Leningradi_Edasi_toimetus, lk 13
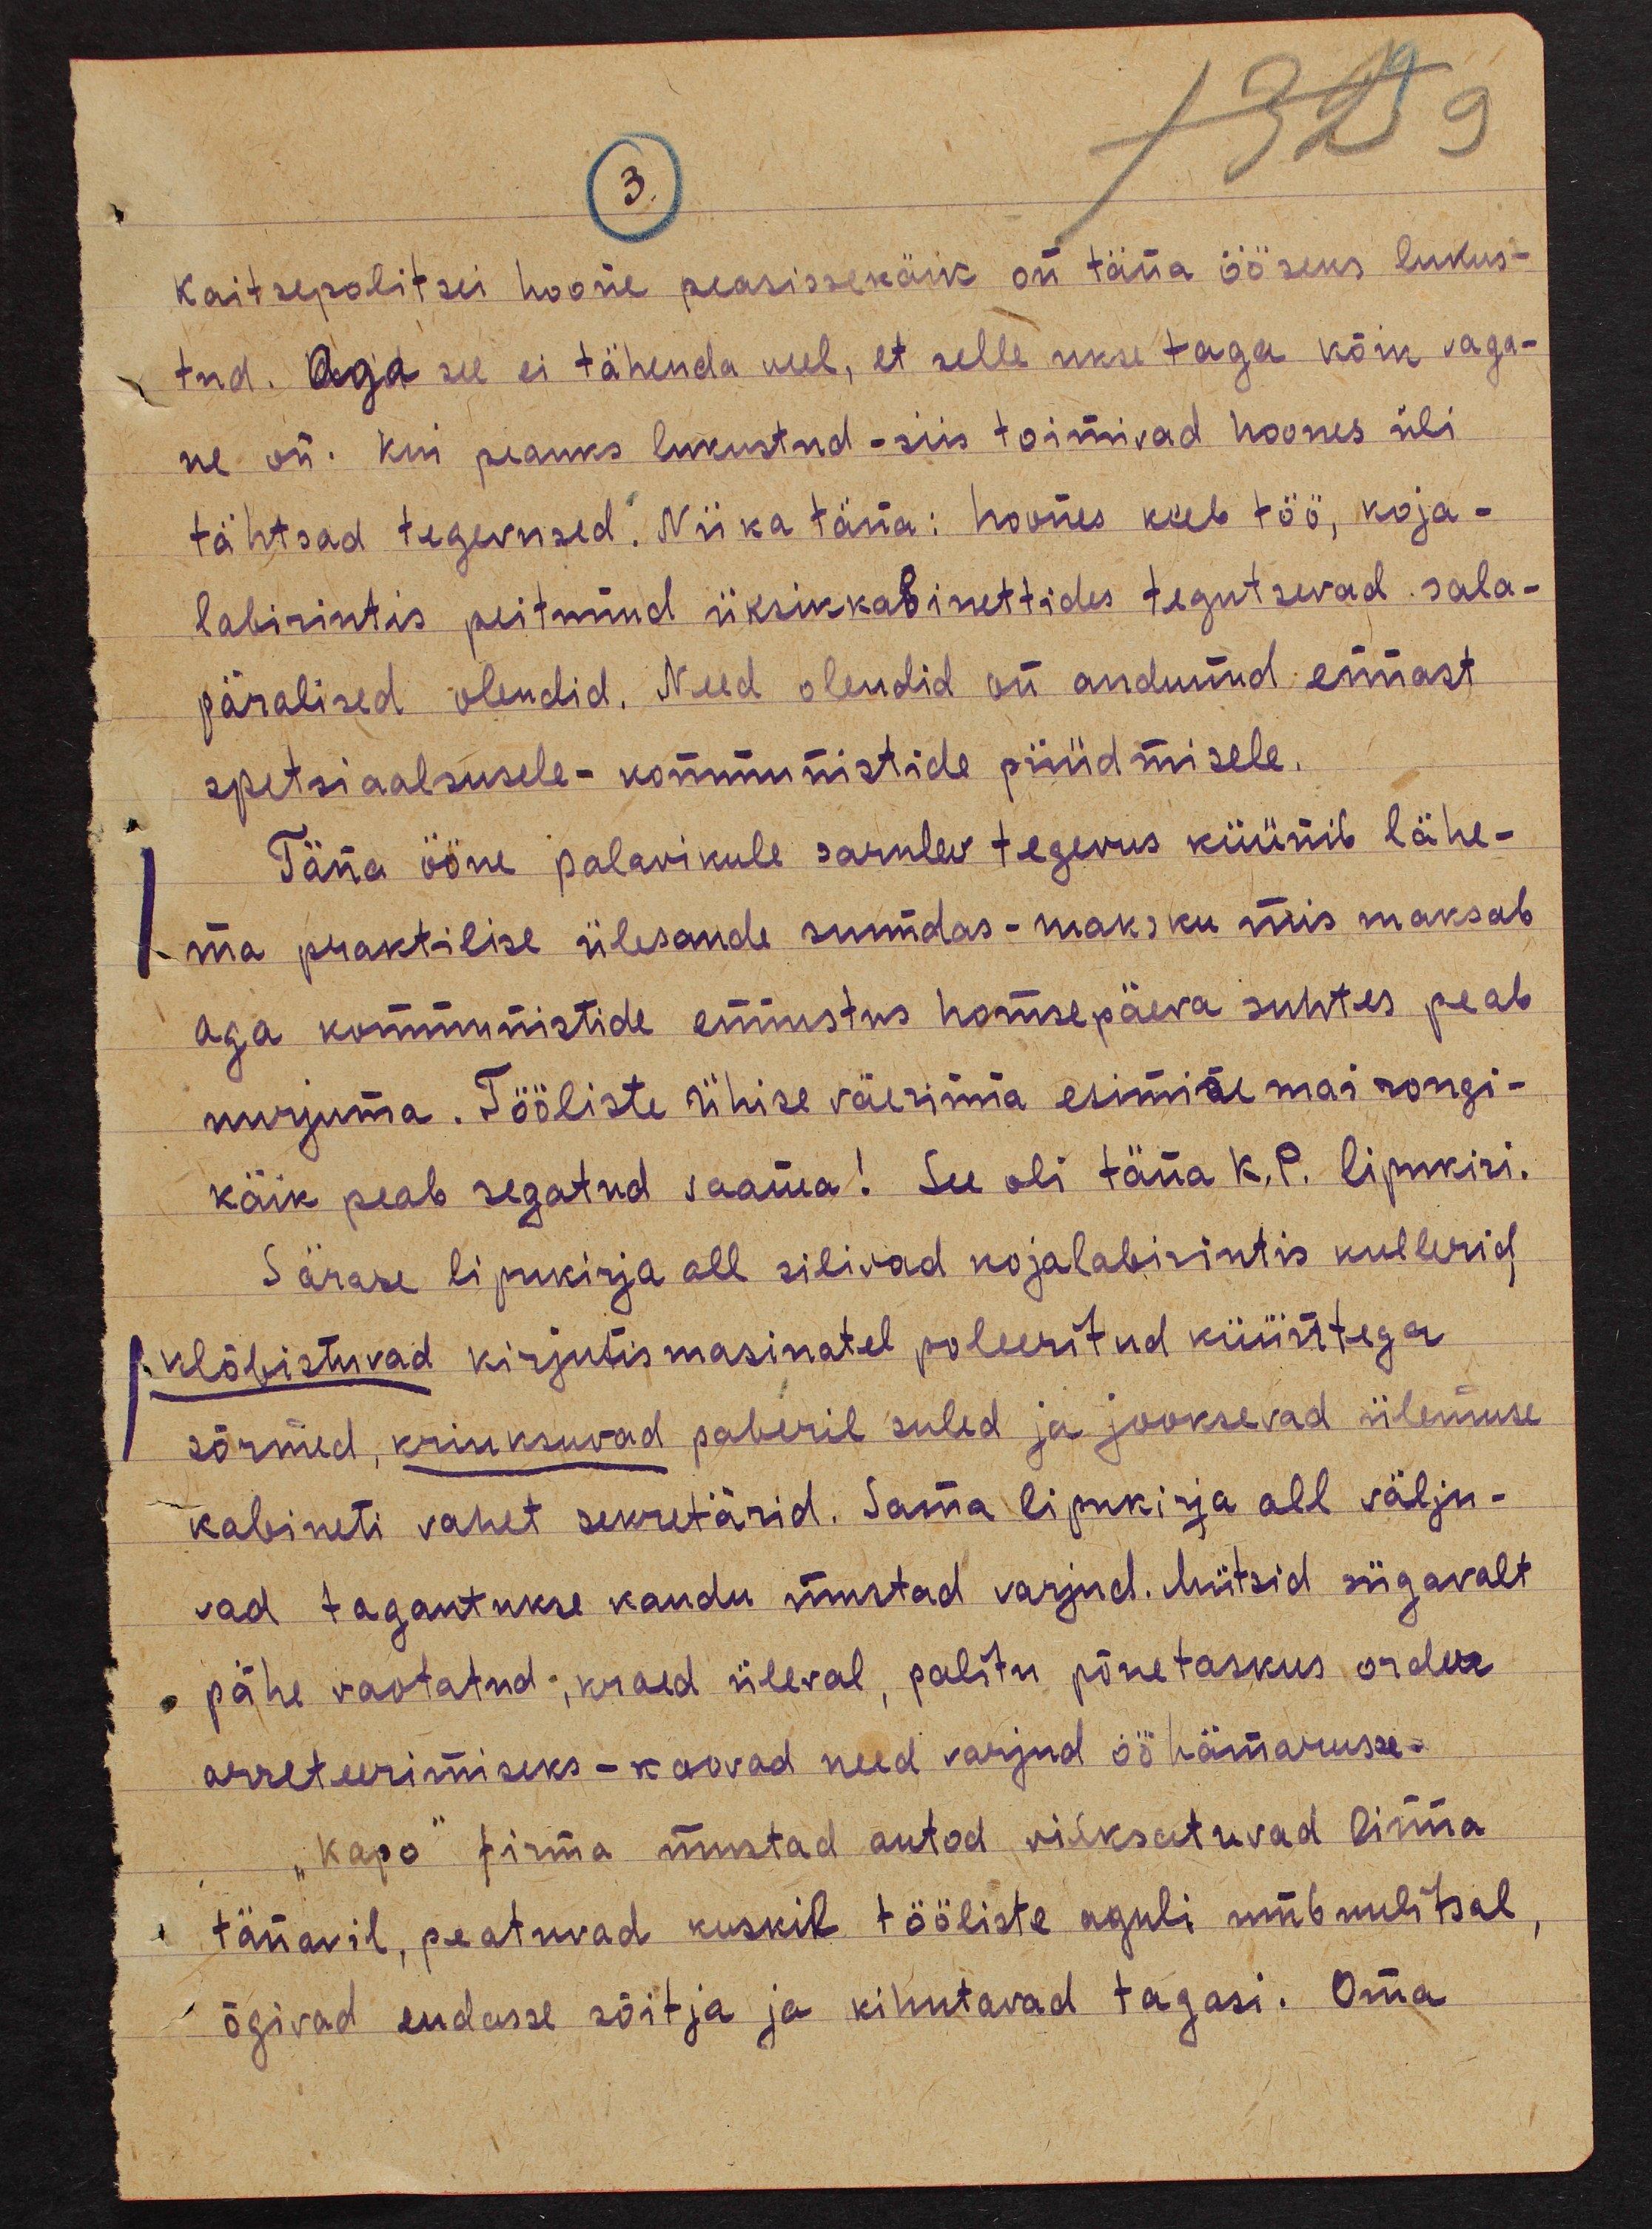
3.
kaitsepalitsei hoone peasissekäik on täna ööseks lukus-
tud. Aga see ei tähenda veel, et selle ukse taga kõik vaga-
ne on. Kui peauks lukustud - siis toimivad hoones üli
tähtsad tegevused. Nii ka täna: hoones keeb töö, koja-
labirintis peitunud üksikkabinettides tegutsevad sala-
päralised olendid. Need olendid on andunud ennast
spetsiaalsusele - kommunistide püüdmisele.
Täna ööne palavikule sarnlev tegevus küünib lähe-
ma praktilise ülesande suundas-maksku mis maksab
aga kommunistide ennustus homsepäeva suhtes peab
nurjuma. Tööliste ühise väerinna esimese mai rongi-
käik peab segatud saama! See oli täna K. P. lipukiri.
Särase lipukirja all silivad kojalabirintis kullerid,
klõbistuvad kirjutismasinatel poleeritud küüntega
sõrmed, kriuksuvad paberil suled ja jooksevad ülemuse
kabineti vahet sekretärid. Sama lipukirja all välju-
vad tagantukse kaudu mustad varjud. Mütsid sügavalt
pähe vaotatud, kraed üleval, palitu põuetaskus order
arreteerimiseks - kaovad need varjud ööhämarusse.
"kapo" firma mustad autod vilksatuvad linna
tänavil, peatuvad kuskil tööliste aguli umbuulitsal,
õgivad endasse sõitja ja kihutavad tagasi. Oma